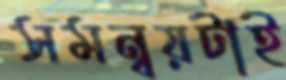
সমন্বয়টাই